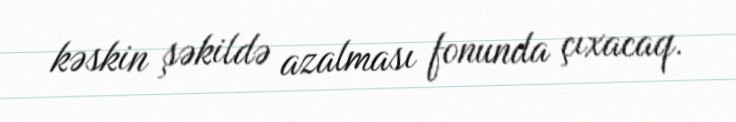
kəskin şəkildə azalması fonunda çıxacaq.